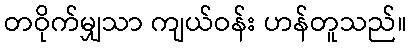
တဝိုက်မျှသာ ကျယ်ဝန်း ဟန်တူသည်။